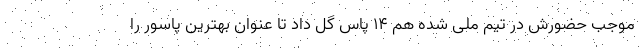
موجب حضورش در تیم ملی شده هم ۱۴ پاس گل داد تا عنوان بهترین پاسور را